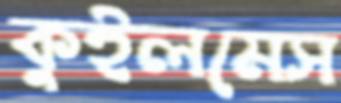
কুইলমেস